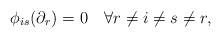
\begin{align*} \phi_{is}(\partial_r)=0 \quad\forall r\neq i\neq s\neq r, \end{align*}